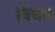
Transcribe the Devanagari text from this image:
विधन